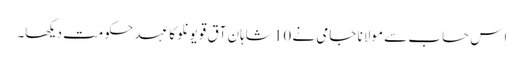
اِس حساب سے مولانا جامی نے 10 شاہانِ آق قویونلو کا عہد حکومت دیکھا۔